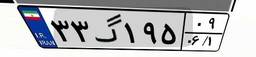
۰۶گ۱۱۷۹۷